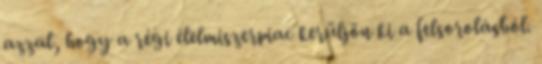
azzal, hogy a régi élelmiszerpiac kerüljön ki a felsorolásból.